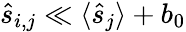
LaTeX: \hat{s}_{i,j}\ll\langle\hat{s}_{j}\rangle+b_{0}